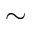
\sim